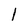
Character: l